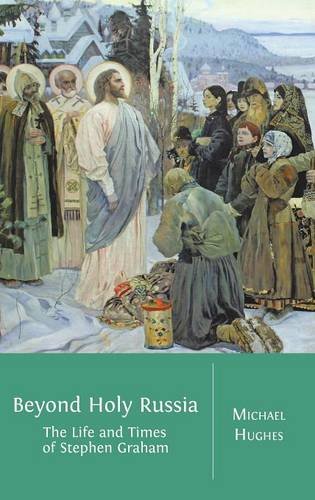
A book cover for Beyond Holy Russia: The Life and Times of Stephen Graham; Michael Hughes; Travel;